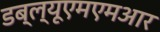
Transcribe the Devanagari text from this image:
डब्ल्यूएमएमआर